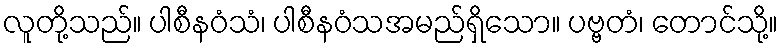
လူတို့သည်။ ပါစီနဝံသံ၊ ပါစီနဝံသအမည်ရှိသော။ ပဗ္ဗတံ၊ တောင်သို့။